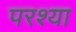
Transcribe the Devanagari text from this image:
परश्‍या